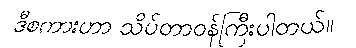
ဒီစကားဟာ သိပ်တာဝန်ကြီးပါတယ်။